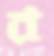
র